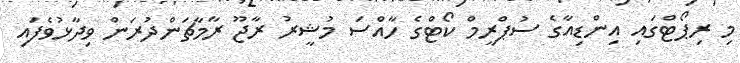
މި ރިޕޯޓްގައި އިންޑިއާގެ ސުޕްރީމް ކޯޓްގެ ހާއްސަ މުޝީރު ރާޖޫ ރާމާޗަންދުރަން ވިދާޅުވެފައި